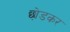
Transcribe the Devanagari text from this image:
छो़डकर